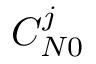
C _ { N 0 } ^ { j }